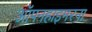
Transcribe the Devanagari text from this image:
ऑपनहाइमरना